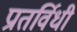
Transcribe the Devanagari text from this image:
प्रातर्विधी